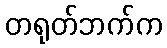
တရုတ်ဘက်က